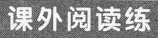
课外阅读练